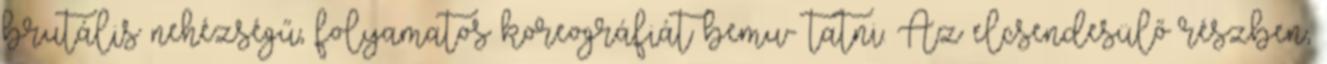
brutális nehézségű, folyamatos koreográfiát bemu- tatni. Az elcsendesülő részben,